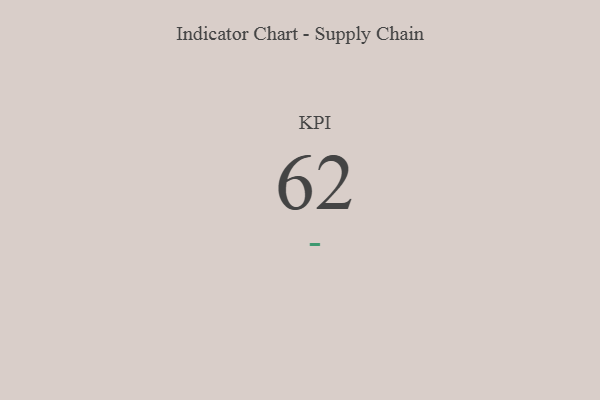
{"axis": {"x": "KPI", "y": "Value"}, "legend": [""], "data": [{"x": "KPI", "y": 62, "type": ""}]}